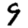
Digit: 9